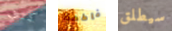
كنت فاطمة سيطلق